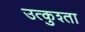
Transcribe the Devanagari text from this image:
उत्कुश्ता